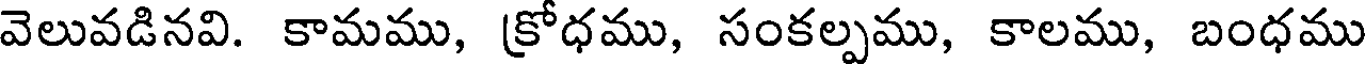
వెలువడినవి. కామము, క్రోధము, సంకల్పము, కాలము, బంధము